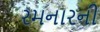
રમનારની